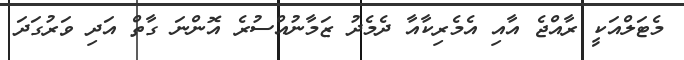
މެޓަލްއަކީ ރާއްޖެ އާއި އެމެރިކާއާ ދެމެދު ޒަމާނުއްސުރެ އޮންނަ ގާތް އަދި ވަރުގަދަ